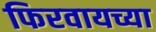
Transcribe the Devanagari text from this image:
फिरवायच्या